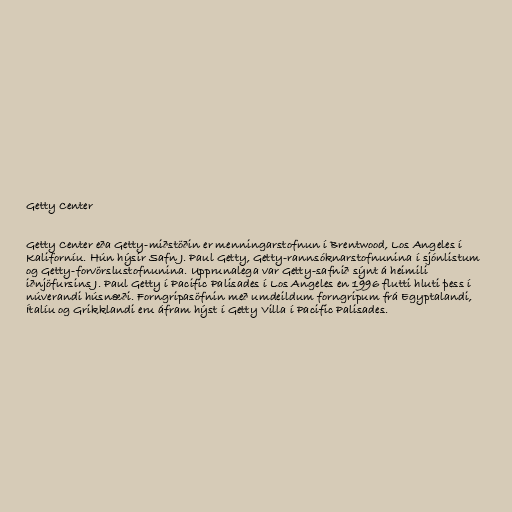
Getty Center

Getty Center eða Getty-miðstöðin er menningarstofnun í Brentwood, Los Angeles í
Kaliforníu. Hún hýsir Safn J. Paul Getty, Getty-rannsóknarstofnunina í sjónlistum
og Getty-forvörslustofnunina. Upprunalega var Getty-safnið sýnt á heimili
iðnjöfursins J. Paul Getty í Pacific Palisades í Los Angeles en 1996 flutti hluti þess í
núverandi húsnæði. Forngripasöfnin með umdeildum forngripum frá Egyptalandi,
Ítalíu og Grikklandi eru áfram hýst í Getty Villa í Pacific Palisades.